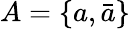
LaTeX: A=\{ a,\bar{a}\}